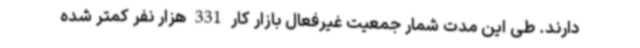
دارند. طی این مدت شمار جمعیت غیرفعال بازار کار 331 هزار نفر کمتر شده